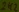
Text: 2k2